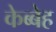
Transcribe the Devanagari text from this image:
केब्बेह